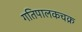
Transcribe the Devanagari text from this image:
गतिपालकचक्र